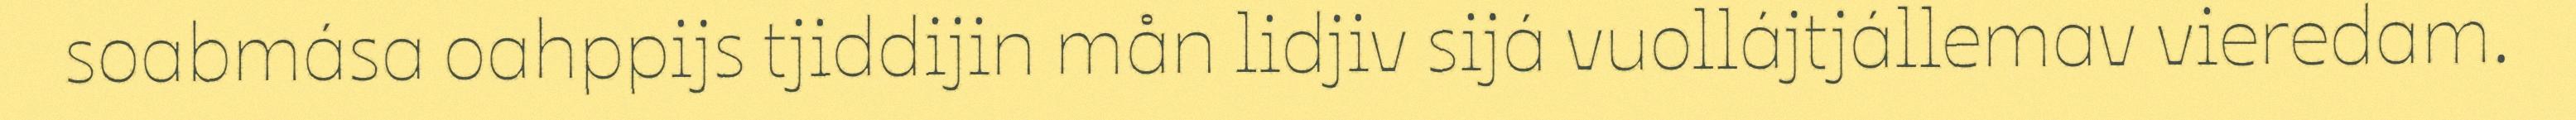
soabmása oahppijs tjiddijin mån lidjiv sijá vuollájtjállemav vieredam.